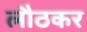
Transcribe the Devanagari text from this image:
लौठकर